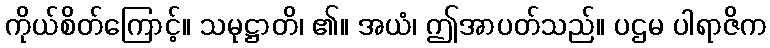
ကိုယ်စိတ်ကြောင့်။ သမုဋ္ဌာတိ၊ ၏။ အယံ၊ ဤအာပတ်သည်။ ပဌမ ပါရာဇိက